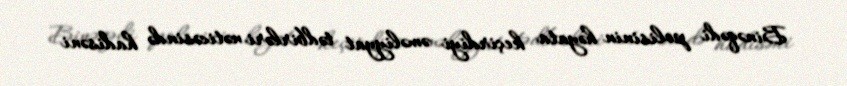
Binəqədi polisinin həyata keçirdiyi əməliyyat tədbirləri nəticəsində hadisəni